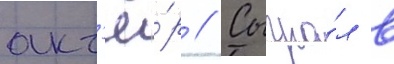
акт'ё́р // Сыгра́л в